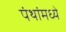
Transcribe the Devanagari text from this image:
पंथांमध्ये